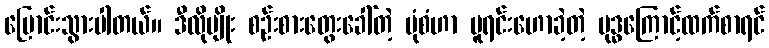
ပြောင်းသွားပါတယ်။ ဒီလိုမျိုး စဉ်းစားတွေးခေါ်တဲ့ ပုံစံဟာ မူရင်းဟောခဲ့တဲ့ ဗုဒ္ဓကြောင့်ထက်စာရင်